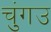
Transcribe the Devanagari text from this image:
चुंगउ